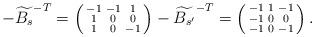
LaTeX: \begin{align*}-\widetilde{B_s}^{-T}=\left(\begin{smallmatrix} -1&-1&1\\1&0&0\\1&0&-1 \end{smallmatrix}\right) -\widetilde{B_{s'}}^{-T}=\left(\begin{smallmatrix} -1&1&-1\\-1&0&0\\-1&0&-1 \end{smallmatrix}\right).\end{align*}